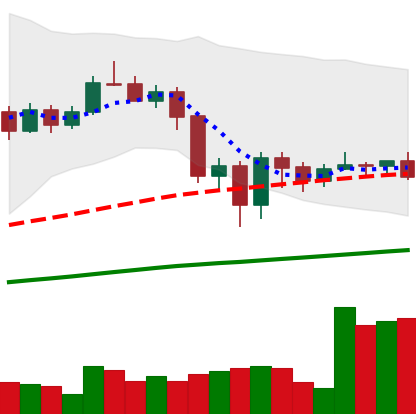
Ticker: LINK-USD
Chart end date: 2020-09-13
Forward return: -15.941%
Label: down_7plus